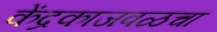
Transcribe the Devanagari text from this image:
केंद्रकाजवळचा